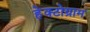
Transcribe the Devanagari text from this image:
हेक्टोग्राम